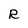
Character: R